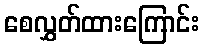
စေလွှတ်ထားကြောင်း